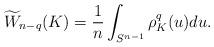
LaTeX: \begin{align*}\widetilde{W}_{n-q}(K)= \frac{1}{n}\int_{S^{n-1}}\rho_K^q(u)du.\end{align*}